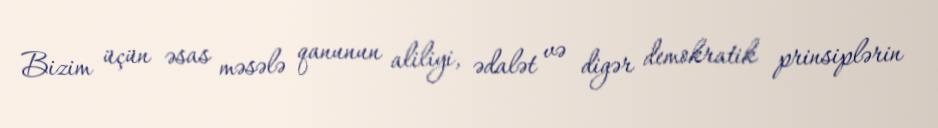
Bizim üçün əsas məsələ qanunun aliliyi, ədalət və digər demokratik prinsiplərin